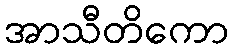
အာသီတိကော